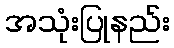
အသုံးပြုနည်း